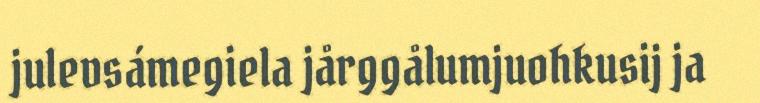
julevsámegiela jårggålumjuohkusij ja